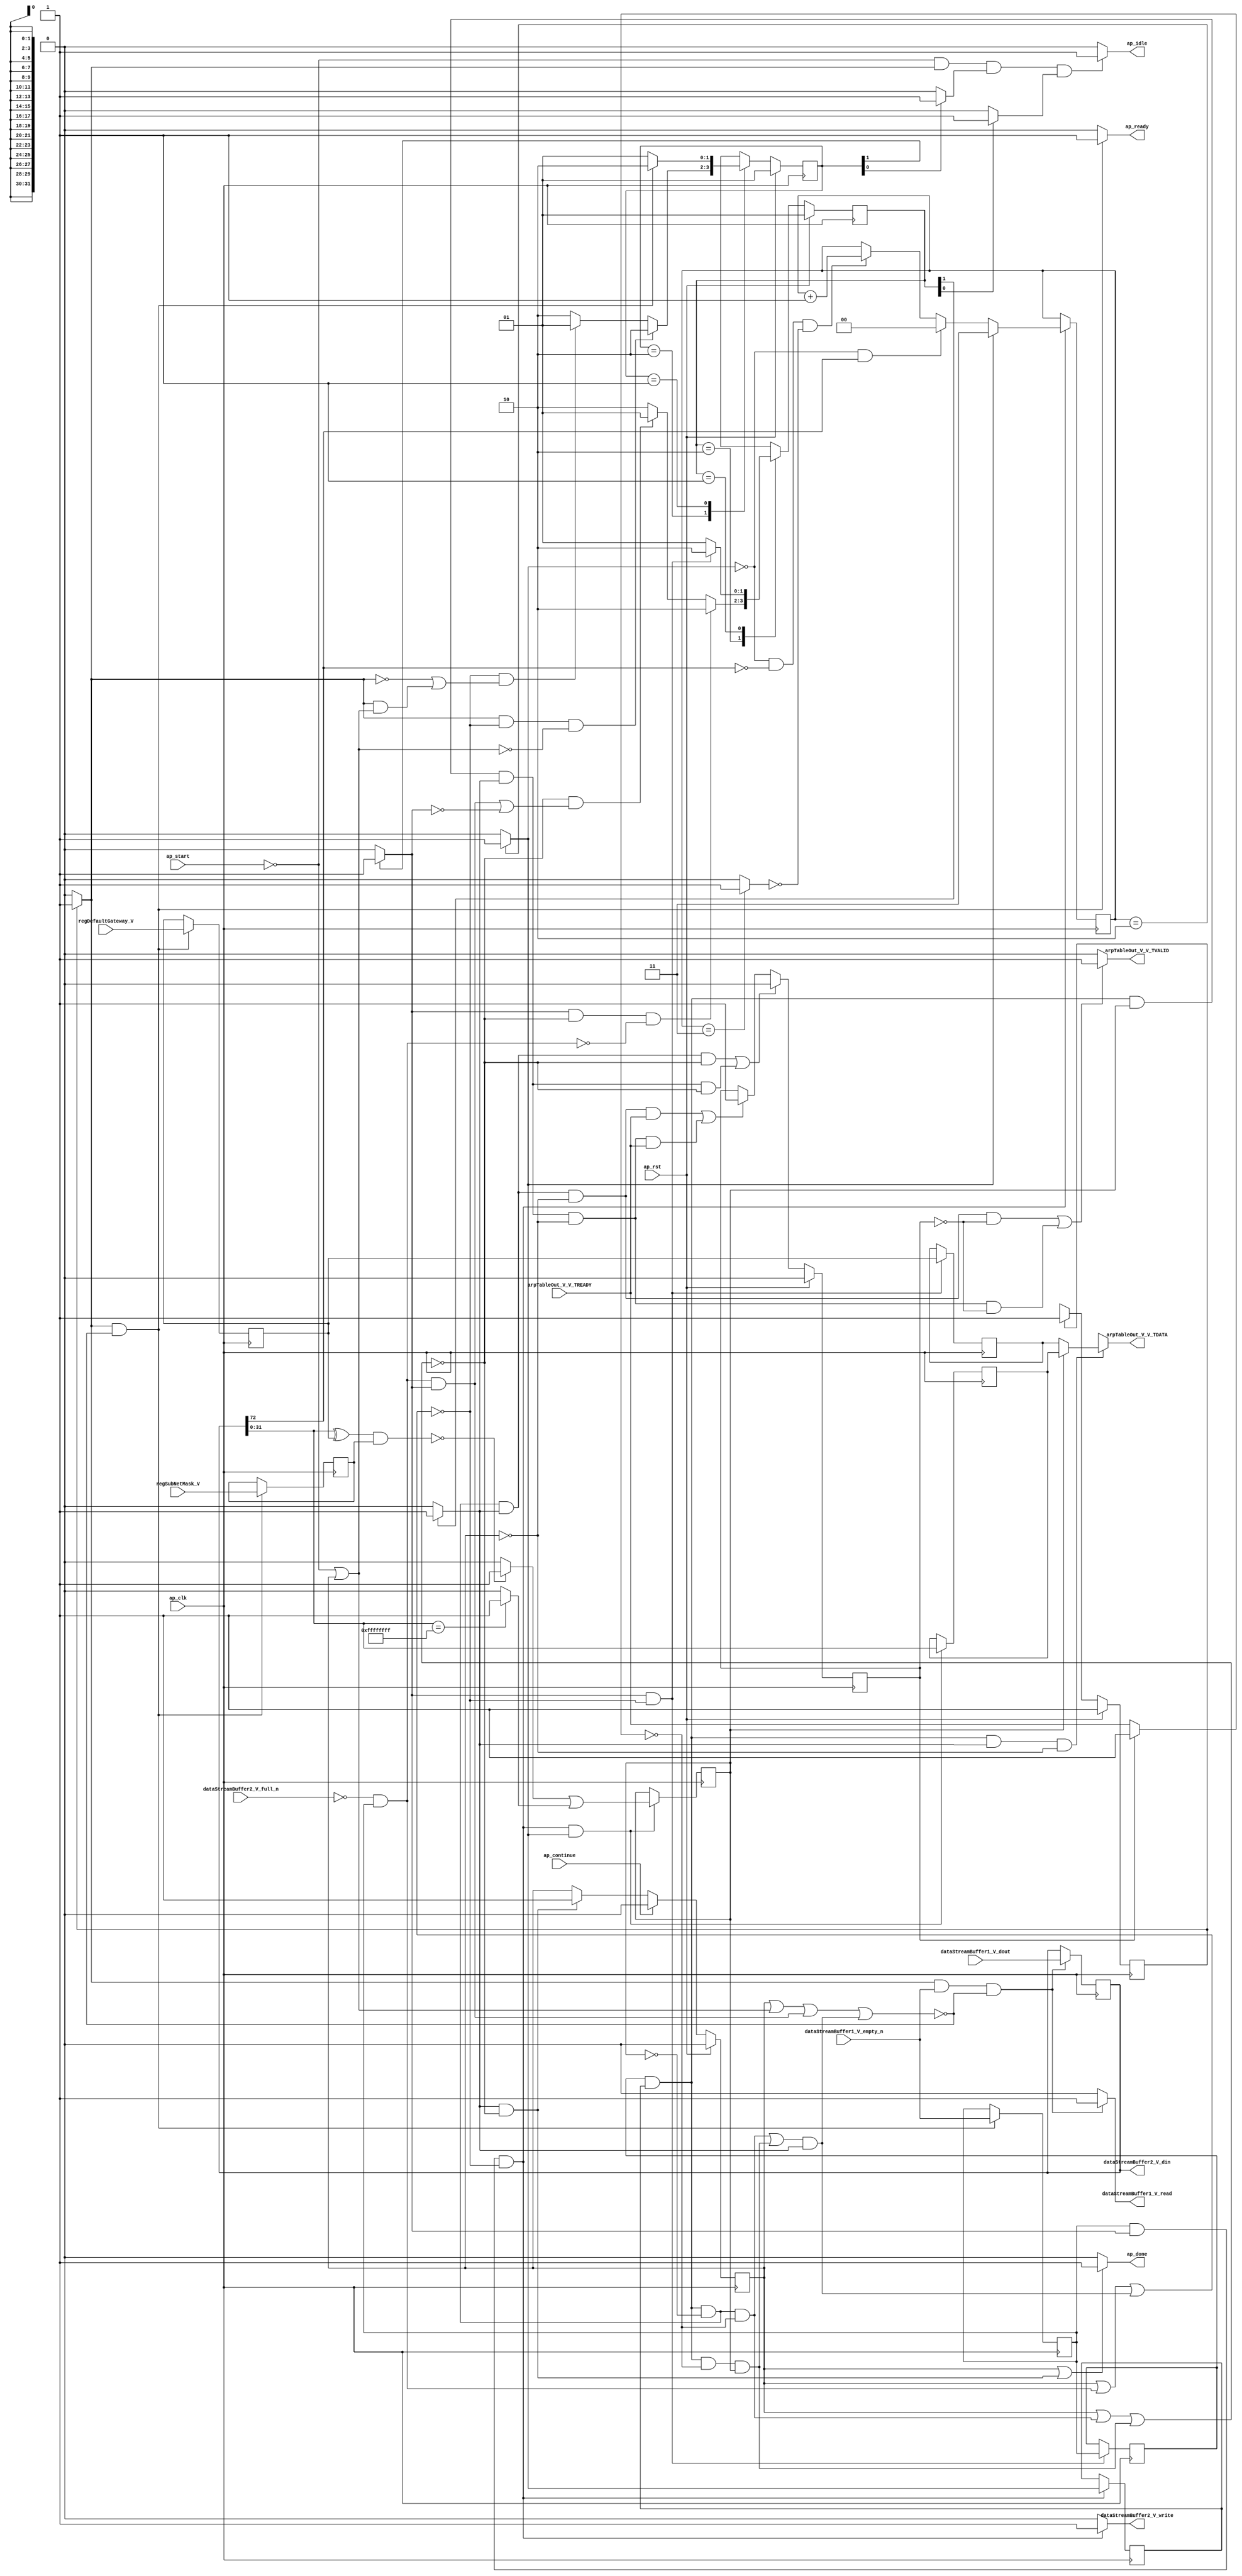
// This program was cloned from: https://github.com/mustafabbas/ECE1373_2016_hft_on_fpga
// License: MIT License

// ==============================================================
// RTL generated by Vivado(TM) HLS - High-Level Synthesis from C, C++ and SystemC
// Version: 2015.1
// Copyright (C) 2015 Xilinx Inc. All rights reserved.
// 
// ===========================================================

`timescale 1 ns / 1 ps 

module mac_ip_encode_extract_ip_address (
        ap_clk,
        ap_rst,
        ap_start,
        ap_done,
        ap_continue,
        ap_idle,
        ap_ready,
        dataStreamBuffer1_V_dout,
        dataStreamBuffer1_V_empty_n,
        dataStreamBuffer1_V_read,
        dataStreamBuffer2_V_din,
        dataStreamBuffer2_V_full_n,
        dataStreamBuffer2_V_write,
        arpTableOut_V_V_TREADY,
        arpTableOut_V_V_TDATA,
        arpTableOut_V_V_TVALID,
        regSubNetMask_V,
        regDefaultGateway_V
);

parameter    ap_const_logic_1 = 1'b1;
parameter    ap_const_logic_0 = 1'b0;
parameter    ap_ST_st1_fsm0_0 = 1'b1;
parameter    ap_ST_st2_fsm1_1 = 2'b10;
parameter    ap_ST_st3_fsm2_1 = 2'b10;
parameter    ap_ST_st0_fsm1_0 = 2'b1;
parameter    ap_ST_st0_fsm2_0 = 2'b1;
parameter    ap_const_lv32_0 = 32'b00000000000000000000000000000000;
parameter    ap_const_lv1_1 = 1'b1;
parameter    ap_const_lv1_0 = 1'b0;
parameter    ap_const_lv32_1 = 32'b1;
parameter    ap_const_lv2_0 = 2'b00;
parameter    ap_const_lv2_3 = 2'b11;
parameter    ap_const_lv2_2 = 2'b10;
parameter    ap_const_lv32_48 = 32'b1001000;
parameter    ap_const_lv2_1 = 2'b1;
parameter    ap_const_lv32_FFFFFFFF = 32'b11111111111111111111111111111111;
parameter    ap_true = 1'b1;

input   ap_clk;
input   ap_rst;
input   ap_start;
output   ap_done;
input   ap_continue;
output   ap_idle;
output   ap_ready;
input  [72:0] dataStreamBuffer1_V_dout;
input   dataStreamBuffer1_V_empty_n;
output   dataStreamBuffer1_V_read;
output  [72:0] dataStreamBuffer2_V_din;
input   dataStreamBuffer2_V_full_n;
output   dataStreamBuffer2_V_write;
input   arpTableOut_V_V_TREADY;
output  [31:0] arpTableOut_V_V_TDATA;
output   arpTableOut_V_V_TVALID;
input  [31:0] regSubNetMask_V;
input  [31:0] regDefaultGateway_V;

reg ap_done;
reg ap_idle;
reg ap_ready;
reg dataStreamBuffer1_V_read;
reg dataStreamBuffer2_V_write;
reg[31:0] arpTableOut_V_V_TDATA;
reg arpTableOut_V_V_TVALID;
reg    ap_done_reg = 1'b0;
(* fsm_encoding = "none" *) reg   [0:0] ap_CS_fsm0 = 1'b1;
reg    ap_sig_cseq_ST_st1_fsm0_0;
reg    ap_sig_bdd_26;
(* fsm_encoding = "none" *) reg   [1:0] ap_CS_fsm1 = 2'b1;
reg    ap_sig_cseq_ST_st0_fsm1_0;
reg    ap_sig_bdd_37;
(* fsm_encoding = "none" *) reg   [1:0] ap_CS_fsm2 = 2'b1;
reg    ap_sig_cseq_ST_st0_fsm2_0;
reg    ap_sig_bdd_45;
wire   [0:0] tmp_nbreadreq_fu_86_p3;
reg    ap_sig_bdd_63;
reg   [0:0] tmp_reg_204;
reg    ap_sig_bdd_74;
reg    ap_sig_cseq_ST_st2_fsm1_1;
reg    ap_sig_bdd_80;
reg   [0:0] ap_reg_ppstg_tmp_reg_204_pp0_it1;
reg   [0:0] cond_reg_215;
wire   [0:0] ap_reg_ppstg_cond_reg_215_pp0_it1;
reg   [0:0] or_cond_reg_232;
wire   [0:0] ap_reg_ppstg_or_cond_reg_232_pp0_it1;
reg    ap_sig_ioackin_arpTableOut_V_V_TREADY;
reg    ap_sig_cseq_ST_st3_fsm2_1;
reg    ap_sig_bdd_107;
reg   [1:0] eia_wordCount_V = 2'b00;
reg   [31:0] tmp_V_1_reg_193;
reg   [31:0] ap_reg_ppstg_tmp_V_1_reg_193_pp0_it1;
reg   [31:0] regSubNetMask_V_read_reg_199;
reg   [72:0] tmp15_reg_208;
wire   [0:0] cond_fu_119_p2;
wire   [0:0] tmp_109_fu_125_p3;
wire   [0:0] tmp_23_fu_132_p2;
wire   [31:0] dstIpAddress_V_fu_156_p1;
reg   [31:0] dstIpAddress_V_reg_227;
wire   [0:0] or_cond_fu_181_p2;
wire   [1:0] tmp_24_fu_138_p2;
reg    ap_reg_ioackin_arpTableOut_V_V_TREADY = 1'b0;
wire   [31:0] tmp_s_fu_159_p2;
wire   [31:0] tmp_20_fu_164_p2;
wire   [0:0] tmp_21_fu_169_p2;
wire   [0:0] tmp_22_fu_175_p2;
reg   [0:0] ap_NS_fsm0;
reg   [1:0] ap_NS_fsm1;
reg   [1:0] ap_NS_fsm2;
reg    ap_sig_bdd_275;
reg    ap_sig_bdd_278;
reg    ap_sig_bdd_280;
reg    ap_sig_bdd_142;




/// the current state (ap_CS_fsm0) of the state machine. ///
always @ (posedge ap_clk)
begin : ap_ret_ap_CS_fsm0
    if (ap_rst == 1'b1) begin
        ap_CS_fsm0 <= ap_ST_st1_fsm0_0;
    end else begin
        ap_CS_fsm0 <= ap_NS_fsm0;
    end
end

/// the current state (ap_CS_fsm1) of the state machine. ///
always @ (posedge ap_clk)
begin : ap_ret_ap_CS_fsm1
    if (ap_rst == 1'b1) begin
        ap_CS_fsm1 <= ap_ST_st0_fsm1_0;
    end else begin
        ap_CS_fsm1 <= ap_NS_fsm1;
    end
end

/// the current state (ap_CS_fsm2) of the state machine. ///
always @ (posedge ap_clk)
begin : ap_ret_ap_CS_fsm2
    if (ap_rst == 1'b1) begin
        ap_CS_fsm2 <= ap_ST_st0_fsm2_0;
    end else begin
        ap_CS_fsm2 <= ap_NS_fsm2;
    end
end

/// ap_done_reg assign process. ///
always @ (posedge ap_clk)
begin : ap_ret_ap_done_reg
    if (ap_rst == 1'b1) begin
        ap_done_reg <= ap_const_logic_0;
    end else begin
        if ((ap_const_logic_1 == ap_continue)) begin
            ap_done_reg <= ap_const_logic_0;
        end else if (((ap_const_logic_1 == ap_sig_cseq_ST_st3_fsm2_1) & ~((ap_done_reg == ap_const_logic_1) | (~(ap_const_lv1_0 == ap_reg_ppstg_tmp_reg_204_pp0_it1) & ~(ap_const_lv1_0 == ap_reg_ppstg_cond_reg_215_pp0_it1) & (ap_const_lv1_0 == ap_reg_ppstg_or_cond_reg_232_pp0_it1) & (ap_const_logic_0 == ap_sig_ioackin_arpTableOut_V_V_TREADY)) | (~(ap_const_lv1_0 == ap_reg_ppstg_tmp_reg_204_pp0_it1) & ~(ap_const_lv1_0 == ap_reg_ppstg_cond_reg_215_pp0_it1) & (ap_const_logic_0 == ap_sig_ioackin_arpTableOut_V_V_TREADY) & ~(ap_const_lv1_0 == ap_reg_ppstg_or_cond_reg_232_pp0_it1))))) begin
            ap_done_reg <= ap_const_logic_1;
        end
    end
end

/// ap_reg_ioackin_arpTableOut_V_V_TREADY assign process. ///
always @ (posedge ap_clk)
begin : ap_ret_ap_reg_ioackin_arpTableOut_V_V_TREADY
    if (ap_rst == 1'b1) begin
        ap_reg_ioackin_arpTableOut_V_V_TREADY <= ap_const_logic_0;
    end else begin
        if (((~(ap_const_lv1_0 == ap_reg_ppstg_tmp_reg_204_pp0_it1) & ~(ap_const_lv1_0 == ap_reg_ppstg_cond_reg_215_pp0_it1) & (ap_const_lv1_0 == ap_reg_ppstg_or_cond_reg_232_pp0_it1) & (ap_const_logic_1 == ap_sig_cseq_ST_st3_fsm2_1) & ~((ap_done_reg == ap_const_logic_1) | (~(ap_const_lv1_0 == ap_reg_ppstg_tmp_reg_204_pp0_it1) & ~(ap_const_lv1_0 == ap_reg_ppstg_cond_reg_215_pp0_it1) & (ap_const_lv1_0 == ap_reg_ppstg_or_cond_reg_232_pp0_it1) & (ap_const_logic_0 == ap_sig_ioackin_arpTableOut_V_V_TREADY)) | (~(ap_const_lv1_0 == ap_reg_ppstg_tmp_reg_204_pp0_it1) & ~(ap_const_lv1_0 == ap_reg_ppstg_cond_reg_215_pp0_it1) & (ap_const_logic_0 == ap_sig_ioackin_arpTableOut_V_V_TREADY) & ~(ap_const_lv1_0 == ap_reg_ppstg_or_cond_reg_232_pp0_it1)))) | (~(ap_const_lv1_0 == ap_reg_ppstg_tmp_reg_204_pp0_it1) & ~(ap_const_lv1_0 == ap_reg_ppstg_cond_reg_215_pp0_it1) & ~(ap_const_lv1_0 == ap_reg_ppstg_or_cond_reg_232_pp0_it1) & (ap_const_logic_1 == ap_sig_cseq_ST_st3_fsm2_1) & ~((ap_done_reg == ap_const_logic_1) | (~(ap_const_lv1_0 == ap_reg_ppstg_tmp_reg_204_pp0_it1) & ~(ap_const_lv1_0 == ap_reg_ppstg_cond_reg_215_pp0_it1) & (ap_const_lv1_0 == ap_reg_ppstg_or_cond_reg_232_pp0_it1) & (ap_const_logic_0 == ap_sig_ioackin_arpTableOut_V_V_TREADY)) | (~(ap_const_lv1_0 == ap_reg_ppstg_tmp_reg_204_pp0_it1) & ~(ap_const_lv1_0 == ap_reg_ppstg_cond_reg_215_pp0_it1) & (ap_const_logic_0 == ap_sig_ioackin_arpTableOut_V_V_TREADY) & ~(ap_const_lv1_0 == ap_reg_ppstg_or_cond_reg_232_pp0_it1)))))) begin
            ap_reg_ioackin_arpTableOut_V_V_TREADY <= ap_const_logic_0;
        end else if (((~(ap_const_lv1_0 == ap_reg_ppstg_tmp_reg_204_pp0_it1) & ~(ap_const_lv1_0 == ap_reg_ppstg_cond_reg_215_pp0_it1) & (ap_const_lv1_0 == ap_reg_ppstg_or_cond_reg_232_pp0_it1) & (ap_const_logic_1 == ap_sig_cseq_ST_st3_fsm2_1) & ~(ap_done_reg == ap_const_logic_1) & (ap_const_logic_1 == arpTableOut_V_V_TREADY)) | (~(ap_const_lv1_0 == ap_reg_ppstg_tmp_reg_204_pp0_it1) & ~(ap_const_lv1_0 == ap_reg_ppstg_cond_reg_215_pp0_it1) & ~(ap_const_lv1_0 == ap_reg_ppstg_or_cond_reg_232_pp0_it1) & (ap_const_logic_1 == ap_sig_cseq_ST_st3_fsm2_1) & ~(ap_done_reg == ap_const_logic_1) & (ap_const_logic_1 == arpTableOut_V_V_TREADY)))) begin
            ap_reg_ioackin_arpTableOut_V_V_TREADY <= ap_const_logic_1;
        end
    end
end

/// assign process. ///
always @(posedge ap_clk)
begin
    if (ap_sig_bdd_142) begin
        if (~(ap_const_lv1_0 == cond_fu_119_p2)) begin
            eia_wordCount_V <= ap_const_lv2_3;
        end else if (ap_sig_bdd_280) begin
            eia_wordCount_V <= ap_const_lv2_0;
        end else if (ap_sig_bdd_278) begin
            eia_wordCount_V <= tmp_24_fu_138_p2;
        end
    end
end

/// assign process. ///
always @(posedge ap_clk)
begin
    if (((ap_const_logic_1 == ap_sig_cseq_ST_st2_fsm1_1) & ~((ap_done_reg == ap_const_logic_1) | ap_sig_bdd_74 | (((~(ap_const_lv1_0 == ap_reg_ppstg_tmp_reg_204_pp0_it1) & ~(ap_const_lv1_0 == ap_reg_ppstg_cond_reg_215_pp0_it1) & (ap_const_lv1_0 == ap_reg_ppstg_or_cond_reg_232_pp0_it1) & (ap_const_logic_0 == ap_sig_ioackin_arpTableOut_V_V_TREADY)) | (~(ap_const_lv1_0 == ap_reg_ppstg_tmp_reg_204_pp0_it1) & ~(ap_const_lv1_0 == ap_reg_ppstg_cond_reg_215_pp0_it1) & (ap_const_logic_0 == ap_sig_ioackin_arpTableOut_V_V_TREADY) & ~(ap_const_lv1_0 == ap_reg_ppstg_or_cond_reg_232_pp0_it1))) & (ap_const_logic_1 == ap_sig_cseq_ST_st3_fsm2_1))))) begin
        ap_reg_ppstg_tmp_V_1_reg_193_pp0_it1 <= tmp_V_1_reg_193;
        ap_reg_ppstg_tmp_reg_204_pp0_it1 <= tmp_reg_204;
    end
end

/// assign process. ///
always @(posedge ap_clk)
begin
    if ((~(ap_const_lv1_0 == tmp_reg_204) & (ap_const_logic_1 == ap_sig_cseq_ST_st2_fsm1_1) & ~((ap_done_reg == ap_const_logic_1) | ap_sig_bdd_74 | (((~(ap_const_lv1_0 == ap_reg_ppstg_tmp_reg_204_pp0_it1) & ~(ap_const_lv1_0 == ap_reg_ppstg_cond_reg_215_pp0_it1) & (ap_const_lv1_0 == ap_reg_ppstg_or_cond_reg_232_pp0_it1) & (ap_const_logic_0 == ap_sig_ioackin_arpTableOut_V_V_TREADY)) | (~(ap_const_lv1_0 == ap_reg_ppstg_tmp_reg_204_pp0_it1) & ~(ap_const_lv1_0 == ap_reg_ppstg_cond_reg_215_pp0_it1) & (ap_const_logic_0 == ap_sig_ioackin_arpTableOut_V_V_TREADY) & ~(ap_const_lv1_0 == ap_reg_ppstg_or_cond_reg_232_pp0_it1))) & (ap_const_logic_1 == ap_sig_cseq_ST_st3_fsm2_1))))) begin
        cond_reg_215 <= cond_fu_119_p2;
    end
end

/// assign process. ///
always @(posedge ap_clk)
begin
    if ((~(ap_const_lv1_0 == tmp_reg_204) & (ap_const_logic_1 == ap_sig_cseq_ST_st2_fsm1_1) & ~((ap_done_reg == ap_const_logic_1) | ap_sig_bdd_74 | (((~(ap_const_lv1_0 == ap_reg_ppstg_tmp_reg_204_pp0_it1) & ~(ap_const_lv1_0 == ap_reg_ppstg_cond_reg_215_pp0_it1) & (ap_const_lv1_0 == ap_reg_ppstg_or_cond_reg_232_pp0_it1) & (ap_const_logic_0 == ap_sig_ioackin_arpTableOut_V_V_TREADY)) | (~(ap_const_lv1_0 == ap_reg_ppstg_tmp_reg_204_pp0_it1) & ~(ap_const_lv1_0 == ap_reg_ppstg_cond_reg_215_pp0_it1) & (ap_const_logic_0 == ap_sig_ioackin_arpTableOut_V_V_TREADY) & ~(ap_const_lv1_0 == ap_reg_ppstg_or_cond_reg_232_pp0_it1))) & (ap_const_logic_1 == ap_sig_cseq_ST_st3_fsm2_1))) & ~(ap_const_lv1_0 == cond_fu_119_p2))) begin
        dstIpAddress_V_reg_227 <= dstIpAddress_V_fu_156_p1;
        or_cond_reg_232 <= or_cond_fu_181_p2;
    end
end

/// assign process. ///
always @(posedge ap_clk)
begin
    if (((ap_const_logic_1 == ap_sig_cseq_ST_st1_fsm0_0) & ~((ap_done_reg == ap_const_logic_1) | ap_sig_bdd_63 | (ap_sig_bdd_74 & (ap_const_logic_1 == ap_sig_cseq_ST_st2_fsm1_1)) | (((~(ap_const_lv1_0 == ap_reg_ppstg_tmp_reg_204_pp0_it1) & ~(ap_const_lv1_0 == ap_reg_ppstg_cond_reg_215_pp0_it1) & (ap_const_lv1_0 == ap_reg_ppstg_or_cond_reg_232_pp0_it1) & (ap_const_logic_0 == ap_sig_ioackin_arpTableOut_V_V_TREADY)) | (~(ap_const_lv1_0 == ap_reg_ppstg_tmp_reg_204_pp0_it1) & ~(ap_const_lv1_0 == ap_reg_ppstg_cond_reg_215_pp0_it1) & (ap_const_logic_0 == ap_sig_ioackin_arpTableOut_V_V_TREADY) & ~(ap_const_lv1_0 == ap_reg_ppstg_or_cond_reg_232_pp0_it1))) & (ap_const_logic_1 == ap_sig_cseq_ST_st3_fsm2_1))))) begin
        regSubNetMask_V_read_reg_199 <= regSubNetMask_V;
        tmp_V_1_reg_193 <= regDefaultGateway_V;
        tmp_reg_204 <= tmp_nbreadreq_fu_86_p3;
    end
end

/// assign process. ///
always @(posedge ap_clk)
begin
    if (((ap_const_logic_1 == ap_sig_cseq_ST_st1_fsm0_0) & ~(tmp_nbreadreq_fu_86_p3 == ap_const_lv1_0) & ~((ap_done_reg == ap_const_logic_1) | ap_sig_bdd_63 | (ap_sig_bdd_74 & (ap_const_logic_1 == ap_sig_cseq_ST_st2_fsm1_1)) | (((~(ap_const_lv1_0 == ap_reg_ppstg_tmp_reg_204_pp0_it1) & ~(ap_const_lv1_0 == ap_reg_ppstg_cond_reg_215_pp0_it1) & (ap_const_lv1_0 == ap_reg_ppstg_or_cond_reg_232_pp0_it1) & (ap_const_logic_0 == ap_sig_ioackin_arpTableOut_V_V_TREADY)) | (~(ap_const_lv1_0 == ap_reg_ppstg_tmp_reg_204_pp0_it1) & ~(ap_const_lv1_0 == ap_reg_ppstg_cond_reg_215_pp0_it1) & (ap_const_logic_0 == ap_sig_ioackin_arpTableOut_V_V_TREADY) & ~(ap_const_lv1_0 == ap_reg_ppstg_or_cond_reg_232_pp0_it1))) & (ap_const_logic_1 == ap_sig_cseq_ST_st3_fsm2_1))))) begin
        tmp15_reg_208 <= dataStreamBuffer1_V_dout;
    end
end

/// ap_done assign process. ///
always @ (ap_done_reg or ap_reg_ppstg_tmp_reg_204_pp0_it1 or ap_reg_ppstg_cond_reg_215_pp0_it1 or ap_reg_ppstg_or_cond_reg_232_pp0_it1 or ap_sig_ioackin_arpTableOut_V_V_TREADY or ap_sig_cseq_ST_st3_fsm2_1)
begin
    if (((ap_const_logic_1 == ap_done_reg) | ((ap_const_logic_1 == ap_sig_cseq_ST_st3_fsm2_1) & ~((ap_done_reg == ap_const_logic_1) | (~(ap_const_lv1_0 == ap_reg_ppstg_tmp_reg_204_pp0_it1) & ~(ap_const_lv1_0 == ap_reg_ppstg_cond_reg_215_pp0_it1) & (ap_const_lv1_0 == ap_reg_ppstg_or_cond_reg_232_pp0_it1) & (ap_const_logic_0 == ap_sig_ioackin_arpTableOut_V_V_TREADY)) | (~(ap_const_lv1_0 == ap_reg_ppstg_tmp_reg_204_pp0_it1) & ~(ap_const_lv1_0 == ap_reg_ppstg_cond_reg_215_pp0_it1) & (ap_const_logic_0 == ap_sig_ioackin_arpTableOut_V_V_TREADY) & ~(ap_const_lv1_0 == ap_reg_ppstg_or_cond_reg_232_pp0_it1)))))) begin
        ap_done = ap_const_logic_1;
    end else begin
        ap_done = ap_const_logic_0;
    end
end

/// ap_idle assign process. ///
always @ (ap_start or ap_sig_cseq_ST_st1_fsm0_0 or ap_sig_cseq_ST_st0_fsm1_0 or ap_sig_cseq_ST_st0_fsm2_0)
begin
    if ((~(ap_const_logic_1 == ap_start) & (ap_const_logic_1 == ap_sig_cseq_ST_st1_fsm0_0) & (ap_const_logic_1 == ap_sig_cseq_ST_st0_fsm1_0) & (ap_const_logic_1 == ap_sig_cseq_ST_st0_fsm2_0))) begin
        ap_idle = ap_const_logic_1;
    end else begin
        ap_idle = ap_const_logic_0;
    end
end

/// ap_ready assign process. ///
always @ (ap_done_reg or ap_sig_cseq_ST_st1_fsm0_0 or ap_sig_bdd_63 or ap_sig_bdd_74 or ap_sig_cseq_ST_st2_fsm1_1 or ap_reg_ppstg_tmp_reg_204_pp0_it1 or ap_reg_ppstg_cond_reg_215_pp0_it1 or ap_reg_ppstg_or_cond_reg_232_pp0_it1 or ap_sig_ioackin_arpTableOut_V_V_TREADY or ap_sig_cseq_ST_st3_fsm2_1)
begin
    if (((ap_const_logic_1 == ap_sig_cseq_ST_st1_fsm0_0) & ~((ap_done_reg == ap_const_logic_1) | ap_sig_bdd_63 | (ap_sig_bdd_74 & (ap_const_logic_1 == ap_sig_cseq_ST_st2_fsm1_1)) | (((~(ap_const_lv1_0 == ap_reg_ppstg_tmp_reg_204_pp0_it1) & ~(ap_const_lv1_0 == ap_reg_ppstg_cond_reg_215_pp0_it1) & (ap_const_lv1_0 == ap_reg_ppstg_or_cond_reg_232_pp0_it1) & (ap_const_logic_0 == ap_sig_ioackin_arpTableOut_V_V_TREADY)) | (~(ap_const_lv1_0 == ap_reg_ppstg_tmp_reg_204_pp0_it1) & ~(ap_const_lv1_0 == ap_reg_ppstg_cond_reg_215_pp0_it1) & (ap_const_logic_0 == ap_sig_ioackin_arpTableOut_V_V_TREADY) & ~(ap_const_lv1_0 == ap_reg_ppstg_or_cond_reg_232_pp0_it1))) & (ap_const_logic_1 == ap_sig_cseq_ST_st3_fsm2_1))))) begin
        ap_ready = ap_const_logic_1;
    end else begin
        ap_ready = ap_const_logic_0;
    end
end

/// ap_sig_cseq_ST_st0_fsm1_0 assign process. ///
always @ (ap_sig_bdd_37)
begin
    if (ap_sig_bdd_37) begin
        ap_sig_cseq_ST_st0_fsm1_0 = ap_const_logic_1;
    end else begin
        ap_sig_cseq_ST_st0_fsm1_0 = ap_const_logic_0;
    end
end

/// ap_sig_cseq_ST_st0_fsm2_0 assign process. ///
always @ (ap_sig_bdd_45)
begin
    if (ap_sig_bdd_45) begin
        ap_sig_cseq_ST_st0_fsm2_0 = ap_const_logic_1;
    end else begin
        ap_sig_cseq_ST_st0_fsm2_0 = ap_const_logic_0;
    end
end

/// ap_sig_cseq_ST_st1_fsm0_0 assign process. ///
always @ (ap_sig_bdd_26)
begin
    if (ap_sig_bdd_26) begin
        ap_sig_cseq_ST_st1_fsm0_0 = ap_const_logic_1;
    end else begin
        ap_sig_cseq_ST_st1_fsm0_0 = ap_const_logic_0;
    end
end

/// ap_sig_cseq_ST_st2_fsm1_1 assign process. ///
always @ (ap_sig_bdd_80)
begin
    if (ap_sig_bdd_80) begin
        ap_sig_cseq_ST_st2_fsm1_1 = ap_const_logic_1;
    end else begin
        ap_sig_cseq_ST_st2_fsm1_1 = ap_const_logic_0;
    end
end

/// ap_sig_cseq_ST_st3_fsm2_1 assign process. ///
always @ (ap_sig_bdd_107)
begin
    if (ap_sig_bdd_107) begin
        ap_sig_cseq_ST_st3_fsm2_1 = ap_const_logic_1;
    end else begin
        ap_sig_cseq_ST_st3_fsm2_1 = ap_const_logic_0;
    end
end

/// ap_sig_ioackin_arpTableOut_V_V_TREADY assign process. ///
always @ (arpTableOut_V_V_TREADY or ap_reg_ioackin_arpTableOut_V_V_TREADY)
begin
    if ((ap_const_logic_0 == ap_reg_ioackin_arpTableOut_V_V_TREADY)) begin
        ap_sig_ioackin_arpTableOut_V_V_TREADY = arpTableOut_V_V_TREADY;
    end else begin
        ap_sig_ioackin_arpTableOut_V_V_TREADY = ap_const_logic_1;
    end
end

/// arpTableOut_V_V_TDATA assign process. ///
always @ (ap_reg_ppstg_or_cond_reg_232_pp0_it1 or ap_reg_ppstg_tmp_V_1_reg_193_pp0_it1 or dstIpAddress_V_reg_227 or ap_sig_bdd_275)
begin
    if (ap_sig_bdd_275) begin
        if (~(ap_const_lv1_0 == ap_reg_ppstg_or_cond_reg_232_pp0_it1)) begin
            arpTableOut_V_V_TDATA = dstIpAddress_V_reg_227;
        end else if ((ap_const_lv1_0 == ap_reg_ppstg_or_cond_reg_232_pp0_it1)) begin
            arpTableOut_V_V_TDATA = ap_reg_ppstg_tmp_V_1_reg_193_pp0_it1;
        end else begin
            arpTableOut_V_V_TDATA = 'bx;
        end
    end else begin
        arpTableOut_V_V_TDATA = 'bx;
    end
end

/// arpTableOut_V_V_TVALID assign process. ///
always @ (ap_done_reg or ap_reg_ppstg_tmp_reg_204_pp0_it1 or ap_reg_ppstg_cond_reg_215_pp0_it1 or ap_reg_ppstg_or_cond_reg_232_pp0_it1 or ap_sig_cseq_ST_st3_fsm2_1 or ap_reg_ioackin_arpTableOut_V_V_TREADY)
begin
    if (((~(ap_const_lv1_0 == ap_reg_ppstg_tmp_reg_204_pp0_it1) & ~(ap_const_lv1_0 == ap_reg_ppstg_cond_reg_215_pp0_it1) & (ap_const_lv1_0 == ap_reg_ppstg_or_cond_reg_232_pp0_it1) & (ap_const_logic_1 == ap_sig_cseq_ST_st3_fsm2_1) & ~(ap_done_reg == ap_const_logic_1) & (ap_const_logic_0 == ap_reg_ioackin_arpTableOut_V_V_TREADY)) | (~(ap_const_lv1_0 == ap_reg_ppstg_tmp_reg_204_pp0_it1) & ~(ap_const_lv1_0 == ap_reg_ppstg_cond_reg_215_pp0_it1) & ~(ap_const_lv1_0 == ap_reg_ppstg_or_cond_reg_232_pp0_it1) & (ap_const_logic_1 == ap_sig_cseq_ST_st3_fsm2_1) & ~(ap_done_reg == ap_const_logic_1) & (ap_const_logic_0 == ap_reg_ioackin_arpTableOut_V_V_TREADY)))) begin
        arpTableOut_V_V_TVALID = ap_const_logic_1;
    end else begin
        arpTableOut_V_V_TVALID = ap_const_logic_0;
    end
end

/// dataStreamBuffer1_V_read assign process. ///
always @ (ap_done_reg or ap_sig_cseq_ST_st1_fsm0_0 or tmp_nbreadreq_fu_86_p3 or ap_sig_bdd_63 or ap_sig_bdd_74 or ap_sig_cseq_ST_st2_fsm1_1 or ap_reg_ppstg_tmp_reg_204_pp0_it1 or ap_reg_ppstg_cond_reg_215_pp0_it1 or ap_reg_ppstg_or_cond_reg_232_pp0_it1 or ap_sig_ioackin_arpTableOut_V_V_TREADY or ap_sig_cseq_ST_st3_fsm2_1)
begin
    if (((ap_const_logic_1 == ap_sig_cseq_ST_st1_fsm0_0) & ~(tmp_nbreadreq_fu_86_p3 == ap_const_lv1_0) & ~((ap_done_reg == ap_const_logic_1) | ap_sig_bdd_63 | (ap_sig_bdd_74 & (ap_const_logic_1 == ap_sig_cseq_ST_st2_fsm1_1)) | (((~(ap_const_lv1_0 == ap_reg_ppstg_tmp_reg_204_pp0_it1) & ~(ap_const_lv1_0 == ap_reg_ppstg_cond_reg_215_pp0_it1) & (ap_const_lv1_0 == ap_reg_ppstg_or_cond_reg_232_pp0_it1) & (ap_const_logic_0 == ap_sig_ioackin_arpTableOut_V_V_TREADY)) | (~(ap_const_lv1_0 == ap_reg_ppstg_tmp_reg_204_pp0_it1) & ~(ap_const_lv1_0 == ap_reg_ppstg_cond_reg_215_pp0_it1) & (ap_const_logic_0 == ap_sig_ioackin_arpTableOut_V_V_TREADY) & ~(ap_const_lv1_0 == ap_reg_ppstg_or_cond_reg_232_pp0_it1))) & (ap_const_logic_1 == ap_sig_cseq_ST_st3_fsm2_1))))) begin
        dataStreamBuffer1_V_read = ap_const_logic_1;
    end else begin
        dataStreamBuffer1_V_read = ap_const_logic_0;
    end
end

/// dataStreamBuffer2_V_write assign process. ///
always @ (ap_done_reg or tmp_reg_204 or ap_sig_bdd_74 or ap_sig_cseq_ST_st2_fsm1_1 or ap_reg_ppstg_tmp_reg_204_pp0_it1 or ap_reg_ppstg_cond_reg_215_pp0_it1 or ap_reg_ppstg_or_cond_reg_232_pp0_it1 or ap_sig_ioackin_arpTableOut_V_V_TREADY or ap_sig_cseq_ST_st3_fsm2_1)
begin
    if ((~(ap_const_lv1_0 == tmp_reg_204) & (ap_const_logic_1 == ap_sig_cseq_ST_st2_fsm1_1) & ~((ap_done_reg == ap_const_logic_1) | ap_sig_bdd_74 | (((~(ap_const_lv1_0 == ap_reg_ppstg_tmp_reg_204_pp0_it1) & ~(ap_const_lv1_0 == ap_reg_ppstg_cond_reg_215_pp0_it1) & (ap_const_lv1_0 == ap_reg_ppstg_or_cond_reg_232_pp0_it1) & (ap_const_logic_0 == ap_sig_ioackin_arpTableOut_V_V_TREADY)) | (~(ap_const_lv1_0 == ap_reg_ppstg_tmp_reg_204_pp0_it1) & ~(ap_const_lv1_0 == ap_reg_ppstg_cond_reg_215_pp0_it1) & (ap_const_logic_0 == ap_sig_ioackin_arpTableOut_V_V_TREADY) & ~(ap_const_lv1_0 == ap_reg_ppstg_or_cond_reg_232_pp0_it1))) & (ap_const_logic_1 == ap_sig_cseq_ST_st3_fsm2_1))))) begin
        dataStreamBuffer2_V_write = ap_const_logic_1;
    end else begin
        dataStreamBuffer2_V_write = ap_const_logic_0;
    end
end
/// the next state (ap_NS_fsm0) of the state machine. ///
always @ (ap_done_reg or ap_CS_fsm0 or ap_sig_bdd_63 or ap_sig_bdd_74 or ap_sig_cseq_ST_st2_fsm1_1 or ap_reg_ppstg_tmp_reg_204_pp0_it1 or ap_reg_ppstg_cond_reg_215_pp0_it1 or ap_reg_ppstg_or_cond_reg_232_pp0_it1 or ap_sig_ioackin_arpTableOut_V_V_TREADY or ap_sig_cseq_ST_st3_fsm2_1)
begin
    case (ap_CS_fsm0)
        ap_ST_st1_fsm0_0 : 
        begin
            ap_NS_fsm0 = ap_ST_st1_fsm0_0;
        end
        default : 
        begin
            ap_NS_fsm0 = 'bx;
        end
    endcase
end

/// the next state (ap_NS_fsm1) of the state machine. ///
always @ (ap_done_reg or ap_sig_cseq_ST_st1_fsm0_0 or ap_CS_fsm1 or ap_sig_bdd_63 or ap_sig_bdd_74 or ap_sig_cseq_ST_st2_fsm1_1 or ap_reg_ppstg_tmp_reg_204_pp0_it1 or ap_reg_ppstg_cond_reg_215_pp0_it1 or ap_reg_ppstg_or_cond_reg_232_pp0_it1 or ap_sig_ioackin_arpTableOut_V_V_TREADY or ap_sig_cseq_ST_st3_fsm2_1)
begin
    case (ap_CS_fsm1)
        ap_ST_st2_fsm1_1 : 
        begin
            if (((ap_const_logic_1 == ap_sig_cseq_ST_st1_fsm0_0) & ~((ap_done_reg == ap_const_logic_1) | ap_sig_bdd_74 | (((~(ap_const_lv1_0 == ap_reg_ppstg_tmp_reg_204_pp0_it1) & ~(ap_const_lv1_0 == ap_reg_ppstg_cond_reg_215_pp0_it1) & (ap_const_lv1_0 == ap_reg_ppstg_or_cond_reg_232_pp0_it1) & (ap_const_logic_0 == ap_sig_ioackin_arpTableOut_V_V_TREADY)) | (~(ap_const_lv1_0 == ap_reg_ppstg_tmp_reg_204_pp0_it1) & ~(ap_const_lv1_0 == ap_reg_ppstg_cond_reg_215_pp0_it1) & (ap_const_logic_0 == ap_sig_ioackin_arpTableOut_V_V_TREADY) & ~(ap_const_lv1_0 == ap_reg_ppstg_or_cond_reg_232_pp0_it1))) & (ap_const_logic_1 == ap_sig_cseq_ST_st3_fsm2_1))) & ~ap_sig_bdd_63)) begin
                ap_NS_fsm1 = ap_ST_st2_fsm1_1;
            end else if ((~((ap_done_reg == ap_const_logic_1) | ap_sig_bdd_74 | (((~(ap_const_lv1_0 == ap_reg_ppstg_tmp_reg_204_pp0_it1) & ~(ap_const_lv1_0 == ap_reg_ppstg_cond_reg_215_pp0_it1) & (ap_const_lv1_0 == ap_reg_ppstg_or_cond_reg_232_pp0_it1) & (ap_const_logic_0 == ap_sig_ioackin_arpTableOut_V_V_TREADY)) | (~(ap_const_lv1_0 == ap_reg_ppstg_tmp_reg_204_pp0_it1) & ~(ap_const_lv1_0 == ap_reg_ppstg_cond_reg_215_pp0_it1) & (ap_const_logic_0 == ap_sig_ioackin_arpTableOut_V_V_TREADY) & ~(ap_const_lv1_0 == ap_reg_ppstg_or_cond_reg_232_pp0_it1))) & (ap_const_logic_1 == ap_sig_cseq_ST_st3_fsm2_1))) & (~(ap_const_logic_1 == ap_sig_cseq_ST_st1_fsm0_0) | ((ap_const_logic_1 == ap_sig_cseq_ST_st1_fsm0_0) & ap_sig_bdd_63)))) begin
                ap_NS_fsm1 = ap_ST_st0_fsm1_0;
            end else begin
                ap_NS_fsm1 = ap_ST_st2_fsm1_1;
            end
        end
        ap_ST_st0_fsm1_0 : 
        begin
            if (((ap_const_logic_1 == ap_sig_cseq_ST_st1_fsm0_0) & ~((ap_done_reg == ap_const_logic_1) | ap_sig_bdd_63 | (ap_sig_bdd_74 & (ap_const_logic_1 == ap_sig_cseq_ST_st2_fsm1_1)) | (((~(ap_const_lv1_0 == ap_reg_ppstg_tmp_reg_204_pp0_it1) & ~(ap_const_lv1_0 == ap_reg_ppstg_cond_reg_215_pp0_it1) & (ap_const_lv1_0 == ap_reg_ppstg_or_cond_reg_232_pp0_it1) & (ap_const_logic_0 == ap_sig_ioackin_arpTableOut_V_V_TREADY)) | (~(ap_const_lv1_0 == ap_reg_ppstg_tmp_reg_204_pp0_it1) & ~(ap_const_lv1_0 == ap_reg_ppstg_cond_reg_215_pp0_it1) & (ap_const_logic_0 == ap_sig_ioackin_arpTableOut_V_V_TREADY) & ~(ap_const_lv1_0 == ap_reg_ppstg_or_cond_reg_232_pp0_it1))) & (ap_const_logic_1 == ap_sig_cseq_ST_st3_fsm2_1))))) begin
                ap_NS_fsm1 = ap_ST_st2_fsm1_1;
            end else begin
                ap_NS_fsm1 = ap_ST_st0_fsm1_0;
            end
        end
        default : 
        begin
            ap_NS_fsm1 = 'bx;
        end
    endcase
end

/// the next state (ap_NS_fsm2) of the state machine. ///
always @ (ap_done_reg or ap_CS_fsm2 or ap_sig_bdd_74 or ap_sig_cseq_ST_st2_fsm1_1 or ap_reg_ppstg_tmp_reg_204_pp0_it1 or ap_reg_ppstg_cond_reg_215_pp0_it1 or ap_reg_ppstg_or_cond_reg_232_pp0_it1 or ap_sig_ioackin_arpTableOut_V_V_TREADY or ap_sig_cseq_ST_st3_fsm2_1)
begin
    case (ap_CS_fsm2)
        ap_ST_st3_fsm2_1 : 
        begin
            if (((ap_const_logic_1 == ap_sig_cseq_ST_st2_fsm1_1) & ~((ap_done_reg == ap_const_logic_1) | (~(ap_const_lv1_0 == ap_reg_ppstg_tmp_reg_204_pp0_it1) & ~(ap_const_lv1_0 == ap_reg_ppstg_cond_reg_215_pp0_it1) & (ap_const_lv1_0 == ap_reg_ppstg_or_cond_reg_232_pp0_it1) & (ap_const_logic_0 == ap_sig_ioackin_arpTableOut_V_V_TREADY)) | (~(ap_const_lv1_0 == ap_reg_ppstg_tmp_reg_204_pp0_it1) & ~(ap_const_lv1_0 == ap_reg_ppstg_cond_reg_215_pp0_it1) & (ap_const_logic_0 == ap_sig_ioackin_arpTableOut_V_V_TREADY) & ~(ap_const_lv1_0 == ap_reg_ppstg_or_cond_reg_232_pp0_it1))) & ~ap_sig_bdd_74)) begin
                ap_NS_fsm2 = ap_ST_st3_fsm2_1;
            end else if ((~((ap_done_reg == ap_const_logic_1) | (~(ap_const_lv1_0 == ap_reg_ppstg_tmp_reg_204_pp0_it1) & ~(ap_const_lv1_0 == ap_reg_ppstg_cond_reg_215_pp0_it1) & (ap_const_lv1_0 == ap_reg_ppstg_or_cond_reg_232_pp0_it1) & (ap_const_logic_0 == ap_sig_ioackin_arpTableOut_V_V_TREADY)) | (~(ap_const_lv1_0 == ap_reg_ppstg_tmp_reg_204_pp0_it1) & ~(ap_const_lv1_0 == ap_reg_ppstg_cond_reg_215_pp0_it1) & (ap_const_logic_0 == ap_sig_ioackin_arpTableOut_V_V_TREADY) & ~(ap_const_lv1_0 == ap_reg_ppstg_or_cond_reg_232_pp0_it1))) & ((ap_sig_bdd_74 & (ap_const_logic_1 == ap_sig_cseq_ST_st2_fsm1_1)) | ~(ap_const_logic_1 == ap_sig_cseq_ST_st2_fsm1_1)))) begin
                ap_NS_fsm2 = ap_ST_st0_fsm2_0;
            end else begin
                ap_NS_fsm2 = ap_ST_st3_fsm2_1;
            end
        end
        ap_ST_st0_fsm2_0 : 
        begin
            if (((ap_const_logic_1 == ap_sig_cseq_ST_st2_fsm1_1) & ~((ap_done_reg == ap_const_logic_1) | ap_sig_bdd_74 | (((~(ap_const_lv1_0 == ap_reg_ppstg_tmp_reg_204_pp0_it1) & ~(ap_const_lv1_0 == ap_reg_ppstg_cond_reg_215_pp0_it1) & (ap_const_lv1_0 == ap_reg_ppstg_or_cond_reg_232_pp0_it1) & (ap_const_logic_0 == ap_sig_ioackin_arpTableOut_V_V_TREADY)) | (~(ap_const_lv1_0 == ap_reg_ppstg_tmp_reg_204_pp0_it1) & ~(ap_const_lv1_0 == ap_reg_ppstg_cond_reg_215_pp0_it1) & (ap_const_logic_0 == ap_sig_ioackin_arpTableOut_V_V_TREADY) & ~(ap_const_lv1_0 == ap_reg_ppstg_or_cond_reg_232_pp0_it1))) & (ap_const_logic_1 == ap_sig_cseq_ST_st3_fsm2_1))))) begin
                ap_NS_fsm2 = ap_ST_st3_fsm2_1;
            end else begin
                ap_NS_fsm2 = ap_ST_st0_fsm2_0;
            end
        end
        default : 
        begin
            ap_NS_fsm2 = 'bx;
        end
    endcase
end

assign ap_reg_ppstg_cond_reg_215_pp0_it1 = cond_reg_215;
assign ap_reg_ppstg_or_cond_reg_232_pp0_it1 = or_cond_reg_232;

/// ap_sig_bdd_107 assign process. ///
always @ (ap_CS_fsm2)
begin
    ap_sig_bdd_107 = (ap_const_lv1_1 == ap_CS_fsm2[ap_const_lv32_1]);
end

/// ap_sig_bdd_142 assign process. ///
always @ (ap_done_reg or tmp_reg_204 or ap_sig_bdd_74 or ap_sig_cseq_ST_st2_fsm1_1 or ap_reg_ppstg_tmp_reg_204_pp0_it1 or ap_reg_ppstg_cond_reg_215_pp0_it1 or ap_reg_ppstg_or_cond_reg_232_pp0_it1 or ap_sig_ioackin_arpTableOut_V_V_TREADY or ap_sig_cseq_ST_st3_fsm2_1)
begin
    ap_sig_bdd_142 = (~(ap_const_lv1_0 == tmp_reg_204) & (ap_const_logic_1 == ap_sig_cseq_ST_st2_fsm1_1) & ~((ap_done_reg == ap_const_logic_1) | ap_sig_bdd_74 | (((~(ap_const_lv1_0 == ap_reg_ppstg_tmp_reg_204_pp0_it1) & ~(ap_const_lv1_0 == ap_reg_ppstg_cond_reg_215_pp0_it1) & (ap_const_lv1_0 == ap_reg_ppstg_or_cond_reg_232_pp0_it1) & (ap_const_logic_0 == ap_sig_ioackin_arpTableOut_V_V_TREADY)) | (~(ap_const_lv1_0 == ap_reg_ppstg_tmp_reg_204_pp0_it1) & ~(ap_const_lv1_0 == ap_reg_ppstg_cond_reg_215_pp0_it1) & (ap_const_logic_0 == ap_sig_ioackin_arpTableOut_V_V_TREADY) & ~(ap_const_lv1_0 == ap_reg_ppstg_or_cond_reg_232_pp0_it1))) & (ap_const_logic_1 == ap_sig_cseq_ST_st3_fsm2_1))));
end

/// ap_sig_bdd_26 assign process. ///
always @ (ap_CS_fsm0)
begin
    ap_sig_bdd_26 = (ap_CS_fsm0[ap_const_lv32_0] == ap_const_lv1_1);
end

/// ap_sig_bdd_275 assign process. ///
always @ (ap_done_reg or ap_reg_ppstg_tmp_reg_204_pp0_it1 or ap_reg_ppstg_cond_reg_215_pp0_it1 or ap_sig_cseq_ST_st3_fsm2_1)
begin
    ap_sig_bdd_275 = (~(ap_const_lv1_0 == ap_reg_ppstg_tmp_reg_204_pp0_it1) & ~(ap_const_lv1_0 == ap_reg_ppstg_cond_reg_215_pp0_it1) & (ap_const_logic_1 == ap_sig_cseq_ST_st3_fsm2_1) & ~(ap_done_reg == ap_const_logic_1));
end

/// ap_sig_bdd_278 assign process. ///
always @ (cond_fu_119_p2 or tmp_109_fu_125_p3 or tmp_23_fu_132_p2)
begin
    ap_sig_bdd_278 = ((ap_const_lv1_0 == cond_fu_119_p2) & (ap_const_lv1_0 == tmp_109_fu_125_p3) & (ap_const_lv1_0 == tmp_23_fu_132_p2));
end

/// ap_sig_bdd_280 assign process. ///
always @ (cond_fu_119_p2 or tmp_109_fu_125_p3)
begin
    ap_sig_bdd_280 = ((ap_const_lv1_0 == cond_fu_119_p2) & ~(ap_const_lv1_0 == tmp_109_fu_125_p3));
end

/// ap_sig_bdd_37 assign process. ///
always @ (ap_CS_fsm1)
begin
    ap_sig_bdd_37 = (ap_const_lv1_1 == ap_CS_fsm1[ap_const_lv32_0]);
end

/// ap_sig_bdd_45 assign process. ///
always @ (ap_CS_fsm2)
begin
    ap_sig_bdd_45 = (ap_const_lv1_1 == ap_CS_fsm2[ap_const_lv32_0]);
end

/// ap_sig_bdd_63 assign process. ///
always @ (ap_start or ap_done_reg or dataStreamBuffer1_V_empty_n or tmp_nbreadreq_fu_86_p3)
begin
    ap_sig_bdd_63 = (((dataStreamBuffer1_V_empty_n == ap_const_logic_0) & ~(tmp_nbreadreq_fu_86_p3 == ap_const_lv1_0)) | (ap_start == ap_const_logic_0) | (ap_done_reg == ap_const_logic_1));
end

/// ap_sig_bdd_74 assign process. ///
always @ (dataStreamBuffer2_V_full_n or tmp_reg_204)
begin
    ap_sig_bdd_74 = ((dataStreamBuffer2_V_full_n == ap_const_logic_0) & ~(ap_const_lv1_0 == tmp_reg_204));
end

/// ap_sig_bdd_80 assign process. ///
always @ (ap_CS_fsm1)
begin
    ap_sig_bdd_80 = (ap_const_lv1_1 == ap_CS_fsm1[ap_const_lv32_1]);
end
assign cond_fu_119_p2 = (eia_wordCount_V == ap_const_lv2_2? 1'b1: 1'b0);
assign dataStreamBuffer2_V_din = tmp15_reg_208;
assign dstIpAddress_V_fu_156_p1 = tmp15_reg_208[31:0];
assign or_cond_fu_181_p2 = (tmp_21_fu_169_p2 | tmp_22_fu_175_p2);
assign tmp_109_fu_125_p3 = tmp15_reg_208[ap_const_lv32_48];
assign tmp_20_fu_164_p2 = (tmp_s_fu_159_p2 & regSubNetMask_V_read_reg_199);
assign tmp_21_fu_169_p2 = (tmp_20_fu_164_p2 == ap_const_lv32_0? 1'b1: 1'b0);
assign tmp_22_fu_175_p2 = (dstIpAddress_V_fu_156_p1 == ap_const_lv32_FFFFFFFF? 1'b1: 1'b0);
assign tmp_23_fu_132_p2 = (eia_wordCount_V == ap_const_lv2_3? 1'b1: 1'b0);
assign tmp_24_fu_138_p2 = (eia_wordCount_V + ap_const_lv2_1);
assign tmp_nbreadreq_fu_86_p3 = dataStreamBuffer1_V_empty_n;
assign tmp_s_fu_159_p2 = (dstIpAddress_V_fu_156_p1 ^ tmp_V_1_reg_193);


endmodule //mac_ip_encode_extract_ip_address